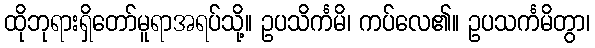
ထိုဘုရားရှိတော်မူရာအရပ်သို့။ ဥပသိင်္ကမိ၊ ကပ်လေ၏။ ဥပသင်္ကမိတွာ၊